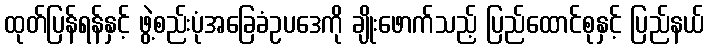
ထုတ်ပြန်ရန်နှင့် ဖွဲ့စည်းပုံအခြေခံဥပဒေကို ချိုးဖောက်သည့် ပြည်ထောင်စုနှင့် ပြည်နယ်